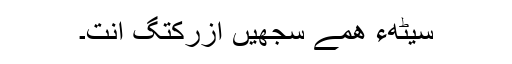
سیٹھءَ ھمے سجھیں اُزرکتگ اَنت۔